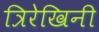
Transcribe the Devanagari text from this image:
त्रिरेखिनी